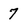
Character: 7